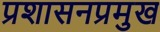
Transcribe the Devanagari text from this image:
प्रशासनप्रमुख